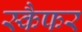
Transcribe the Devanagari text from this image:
स्कैफर